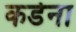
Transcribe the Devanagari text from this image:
कडेना